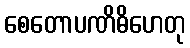
စေတောပဏိဓိဟေတု